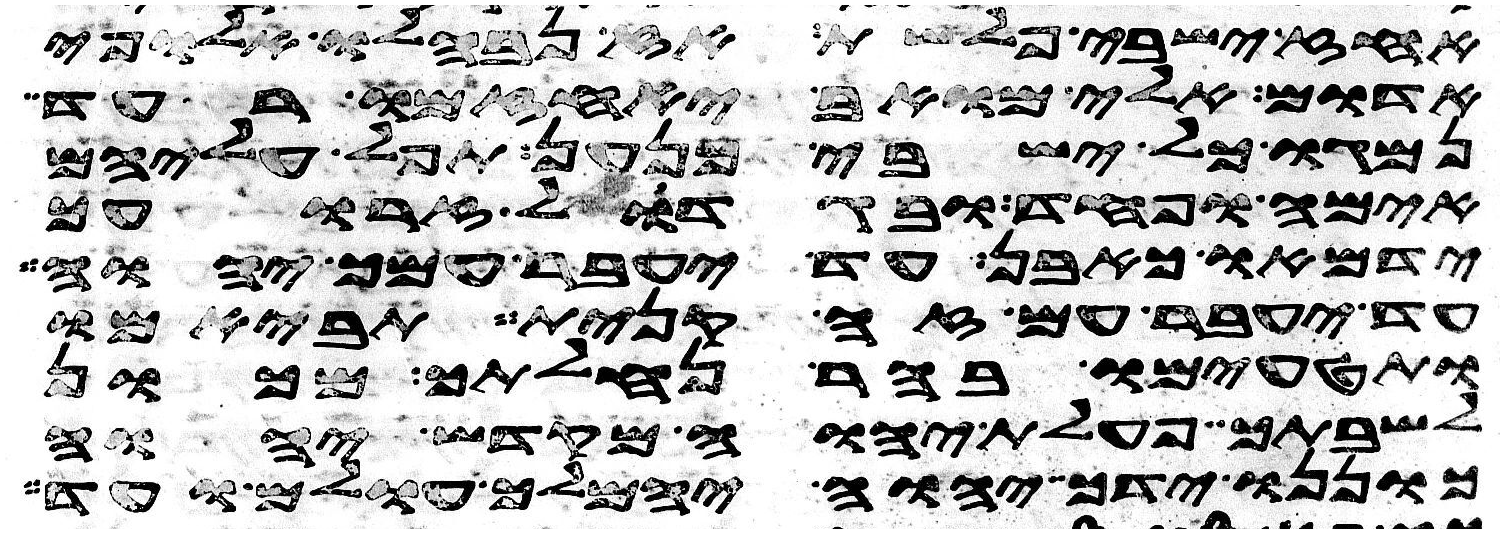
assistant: אחז ישבי פלשת אז נבהלו אלופי
אדום אילי מואב יאחזמו רעד
נמגו כל ישבי כנען תפל עליהם
אימה ופחד ובגדול זרועך
ידמאו כאבן עד יעבר עמך יהוה
עד יעבר עם זה קנית תביאמו
ותטעמו בהר נחלתך מכון
לשבתך פעלת יהוה מקדש יהוה
כוננו ידך יהוה ימלך עולם ועוד